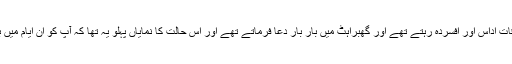
) اس عرصے میں آپؐ اکثر اوقات اداس اور افسردہ رہتے تھے اور گھبراہٹ میں بار بار دعا فرماتے تھے اور اس حالت کا نمایاں پہلو یہ تھا کہ آپؐ کو ان ایام میں بہت زیادہ نسیان رہنے لگا تھا۔